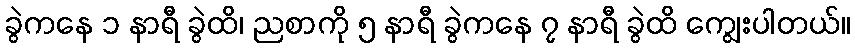
ခွဲကနေ ၁ နာရီ ခွဲထိ၊ ညစာကို ၅ နာရီ ခွဲကနေ ၇ နာရီ ခွဲထိ ကျွေးပါတယ်။